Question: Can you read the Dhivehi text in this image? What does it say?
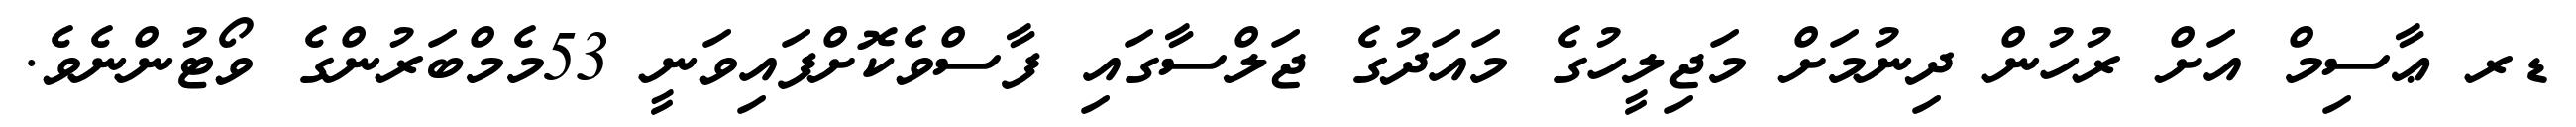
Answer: ޑރ ޢާސިމް އަށް ރުހުން ދިނުމަށް މަޖިލީހުގެ މައަދުގެ ޖަލްސާގައި ފާސްވެކޮށްފައިވަނީ 53މެމްބަރުންގެ ވޯޓުންނެވެ.